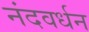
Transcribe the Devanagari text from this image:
नंदवर्धन